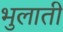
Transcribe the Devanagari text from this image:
भुलाती